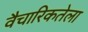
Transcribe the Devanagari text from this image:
वैचारिकतेला